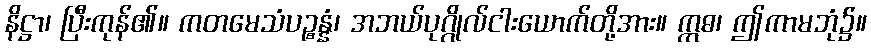
နိဋ္ဌာ၊ ပြီးကုန်၏။ ကတမေသံပဉ္စန္နံ၊ အဘယ်ပုဂ္ဂိုလ်ငါးယောက်တို့အား။ ဣဓ၊ ဤကာမဘုံ၌။